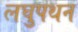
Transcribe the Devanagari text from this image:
लघुपथन